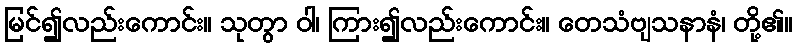
မြင်၍လည်းကောင်း။ သုတွာ ဝါ၊ ကြား၍လည်းကောင်း။ တေသံဗျသနာနံ၊ တို့၏။